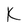
Character: K